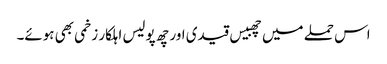
اس حملے میں چھبیس قیدی اور چھ پولیس اہلکار زخمی بھی ہوئے۔